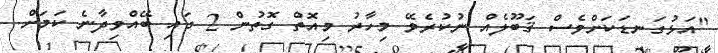
"އަޅުގަނޑަކަށްވެސް ޤަބޫލެއް ނުކުރެވޭ މިހާރު މިއޮތް ގޮތުން 2 ގައި ބޭއްވިދާނެ ކަމަށް.